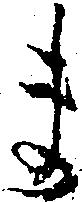
ま